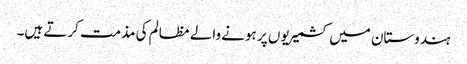
ہندوستان میں کشمیریوں پر ہونے والے مظالم کی مذمت کرتے ہیں۔